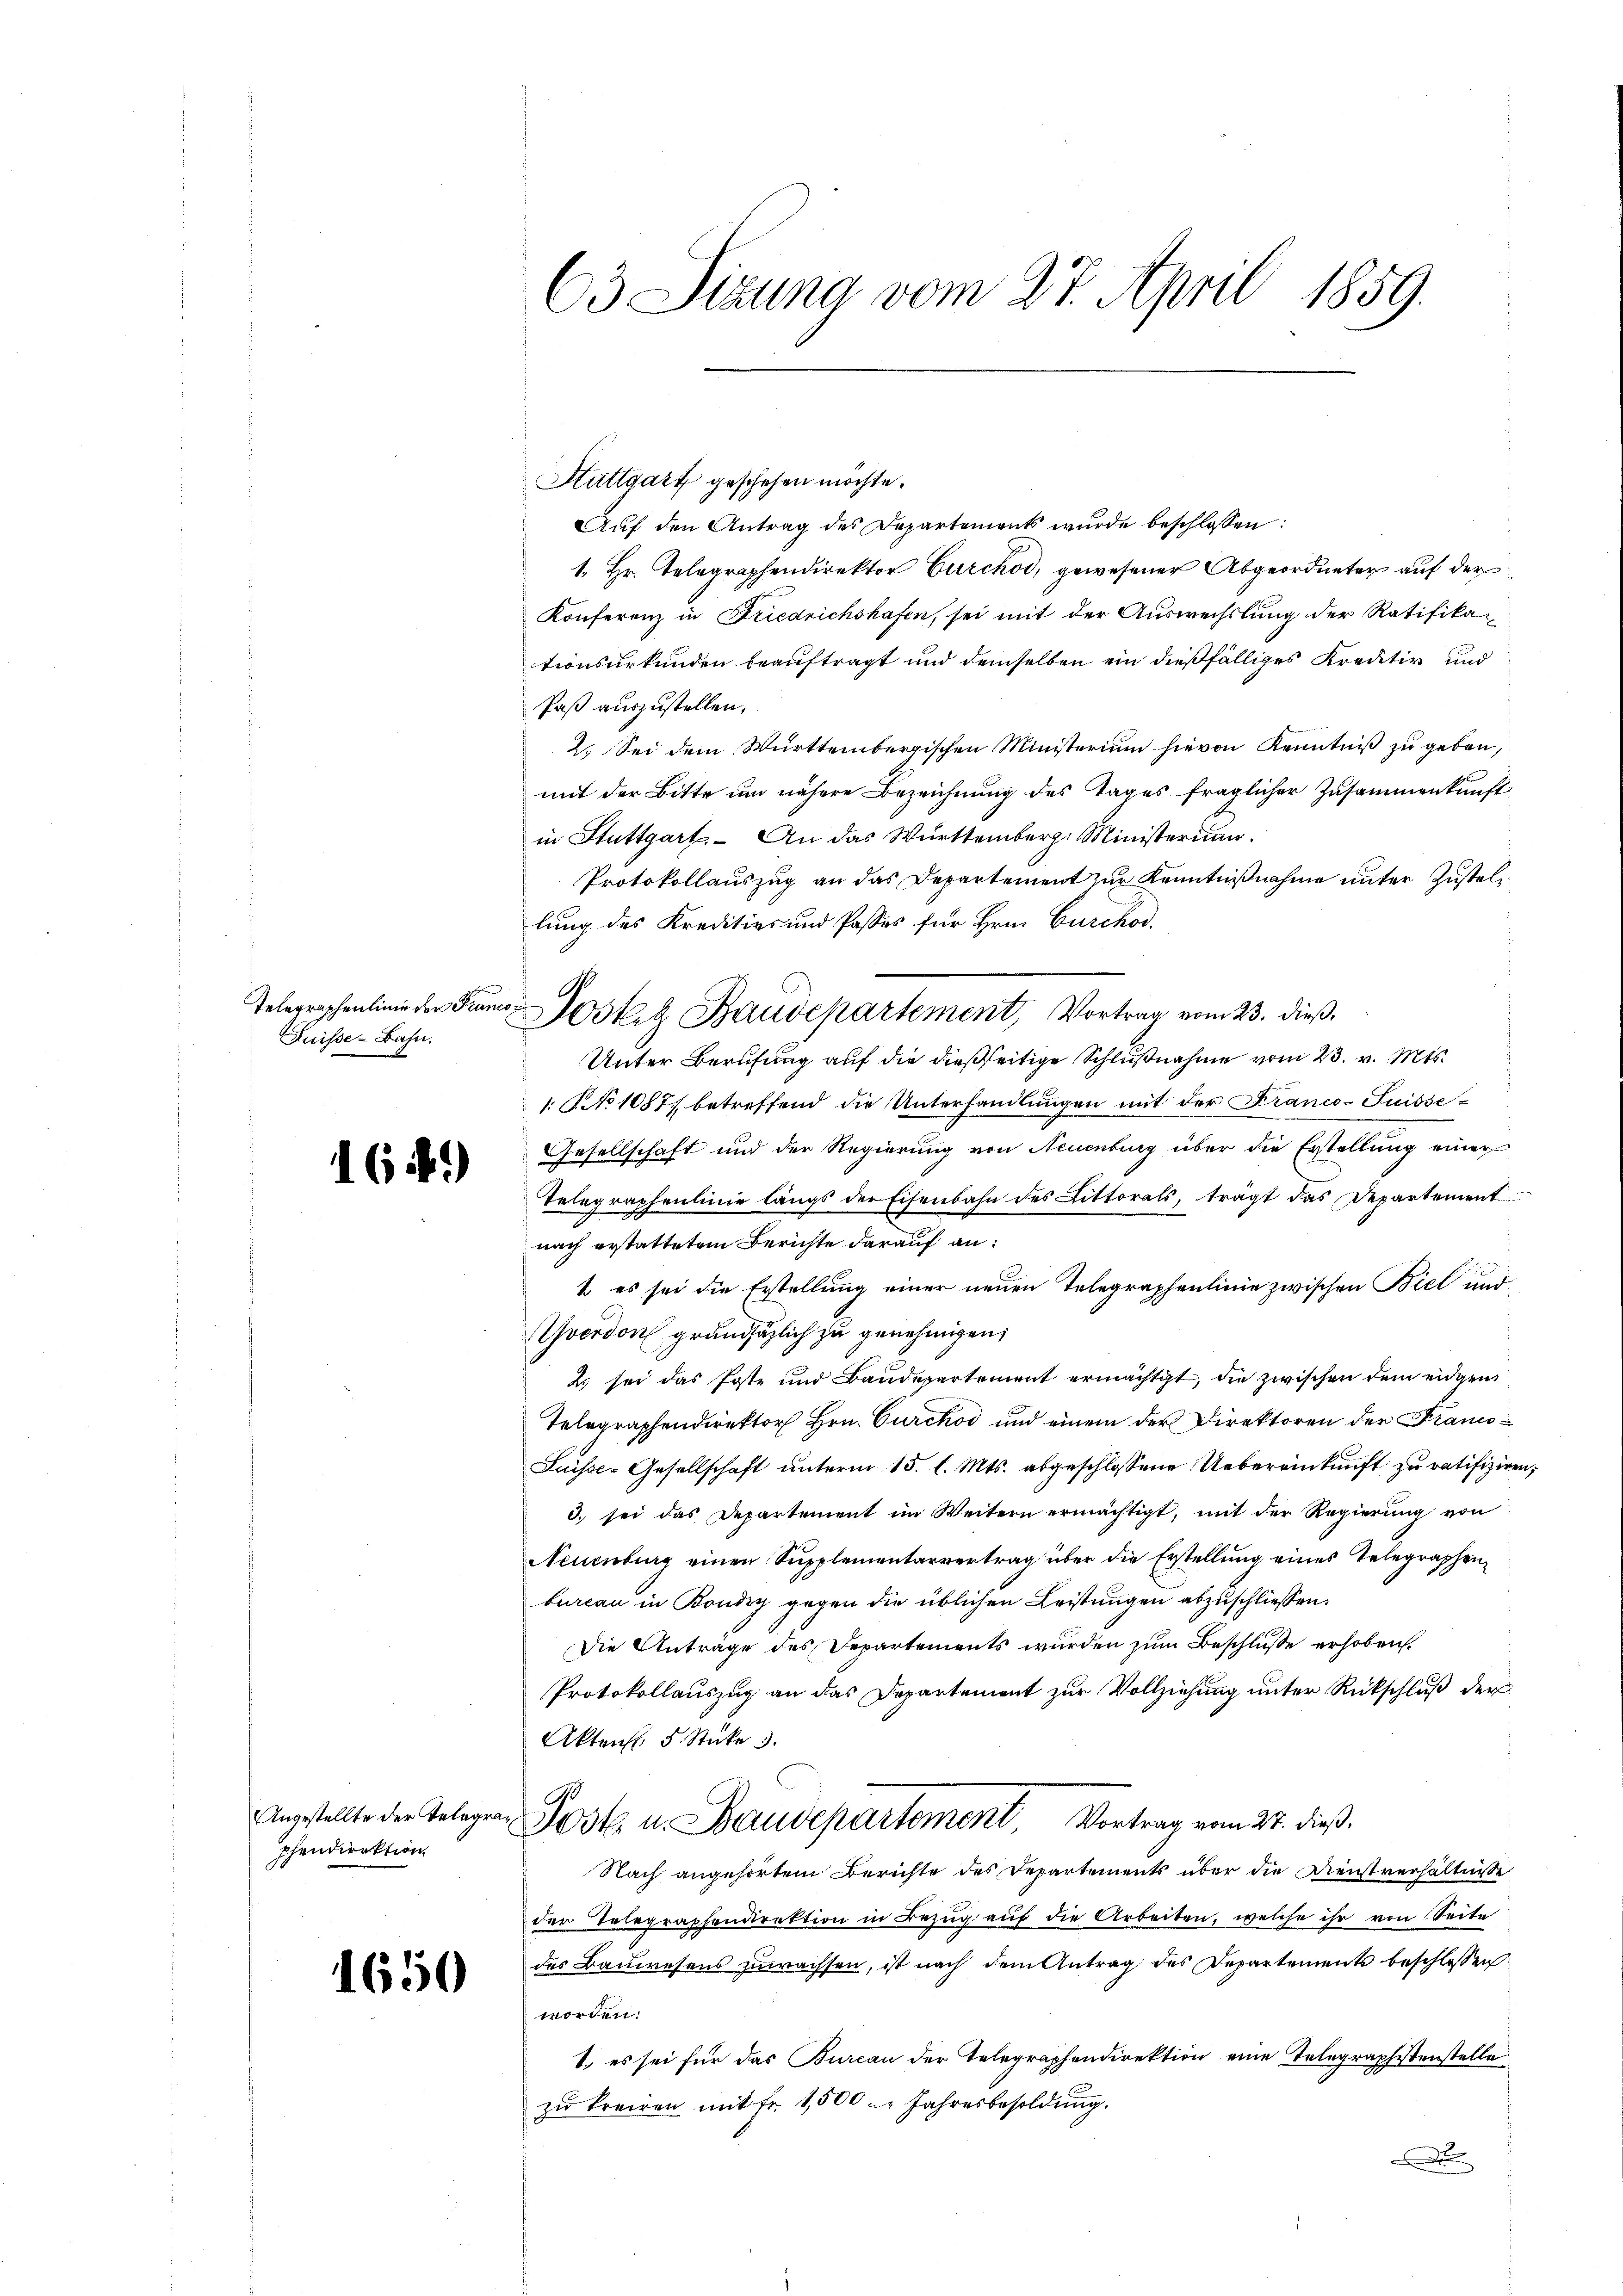
Telegraphenlinie der Fran
Suisse-Bahn.

16.)

Angestellte der Telegrapfendirektion

1650

63 Sitzung vom 27. April 1859.

Stuttgart geschehen möchte.
Aŭf den Antrag des Departements wurde beschlossen:
1. Hr. Telegraphendirektor Curchod, gewesener Abgeordneter auf der
Konferenz in Friedrichshafen, sei mit der Auswechslung der Ratifikationsurkunden beauftragt und demselben ein dießfälliges Kreditiv und
Paß auszustellen.
2. Sei dem Württembergischen Ministerium hievon Kenntniβ zŭ geben,
mit der Bitte um nähere Bezeichnung des Tages fraglicher Zusammenkunft
in Stuttgart. An das Württemberg: Ministerium.
Protokollauszug an das Departement zur Kenntnißnahme unter Zustellung des Kreditivs und Posses für Hrn. Curchod.
2
Unter Berufung auf die dießseitige Schlußnahme vom 23. v. Mts.
1. No 1087) betreffend die Unterhandlungen mit der Franco-Suisse¬
Gesellschaft und der Regierung von Neuenburg über die Erstellung einer
Telegraphenlinie längs der Eisenbahn des Littorats, tragt das Departement
nach erstattetem Berichte darauf an:
1. es sei die Erstellung einer neuen Telegraphenlinie zwischen Biel und
vordon grandaglich zu genehmigen,
2. sei das Poste und Baudepartement ermächtigt, die zwischen dem eidgen
Telegraphendirektor Hrn. Curckow und einem der Direktoren der Franco¬
Suisse-Gesellschaft unterm 15. l. Mts. abgeschlossene Uebereinkunft zu ratifiziren,
3. sei das Departement im Weitern ermächtigt, mit der Regierŭng von
Neuenburg einen Supplementarvertrag über die Erstellung eines Telegraphenbureau in Bondig gegen die üblichen Leistungen abzuschliessen.
Die Antrage des Departements wurden zum Beschlusse erhoben.
Protokollauszug an das Departement zur Vollziehung unter Rückschluß der
Aktens. 5. Stücke
Post u. Baudepartement Vortrag vom 27. dieß.
Nach angehörten Berichte des Departements über die Dienstverhältnisse
der Telegraphendirektion in Bezŭg aŭf die Arbeiten, welche ihr von Seite
des Bauwesens zuwachsen, ist nach dem Antrag des Departements beschlossen
worden.
1. es sei für das Burcan der Telegraphendirektion eine Telegraphistenstelle
zu kreisen mit Fr. 1500 u. Jahresbesoldung.
e

Sostag Baudepartement, Vortrag vom 23. dieß,